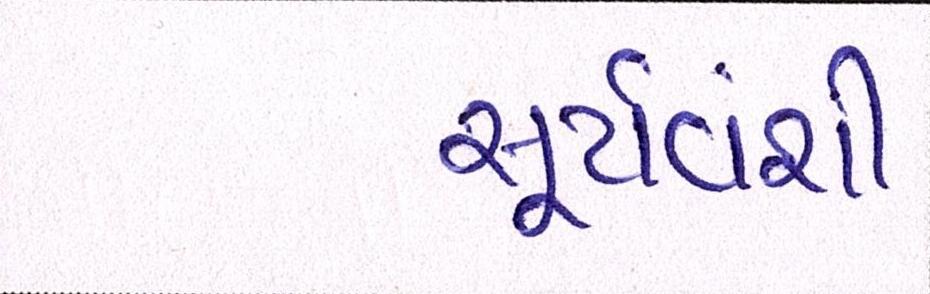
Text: સુર્યવંશી